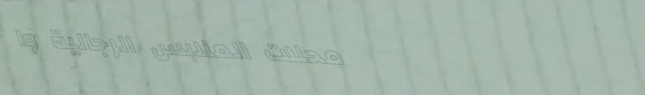
محلات الملابس الرجالية وا